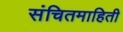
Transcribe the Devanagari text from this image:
संचितमाहिती